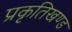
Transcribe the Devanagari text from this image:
प्रकृतिखण्ड